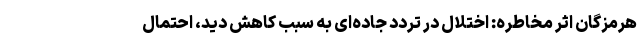
هرمزگان اثر مخاطره: اختلال در تردد جاده‌ای به سبب کاهش دید، احتمال